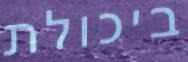
ביכולת